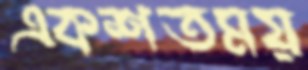
একশতময়